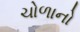
ચોળાનો